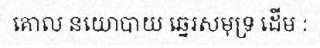
គោល នយោបាយ ឆ្នេរសមុទ្រ ដើម :